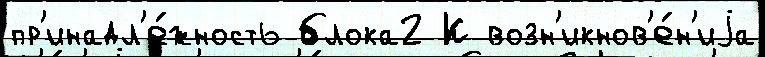
пр'инадл'е́жность блока2 К возн'икнов'е́н'иjа